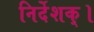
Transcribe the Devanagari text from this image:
निर्देशक्।